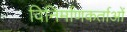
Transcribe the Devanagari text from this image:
विनिर्माणकर्ताओं